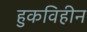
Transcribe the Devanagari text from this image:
हुकविहीन